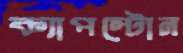
ক্যাপস্টোন